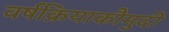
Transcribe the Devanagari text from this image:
वर्षक्रियाकौमुदी